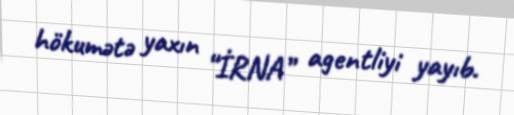
hökumətə yaxın “İRNA” agentliyi yayıb.